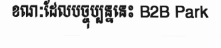
ខណៈដែលបច្ចុប្បន្ននេះ B2B Park